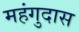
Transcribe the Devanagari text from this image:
महंगुदास